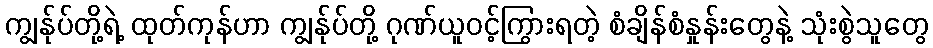
ကျွန်ုပ်တို့ရဲ့ ထုတ်ကုန်ဟာ ကျွန်ုပ်တို့ ဂုဏ်ယူဝင့်ကြွားရတဲ့ စံချိန်စံနှုန်းတွေနဲ့ သုံးစွဲသူတွေ